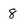
Character: 8